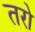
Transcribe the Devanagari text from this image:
तरो